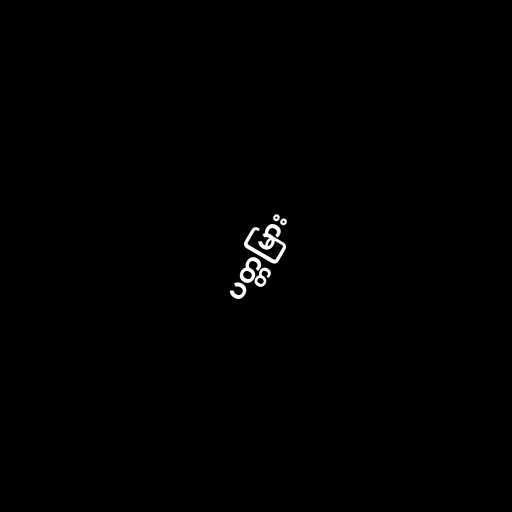
ပတ္တမြား